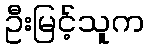
ဦးမြင့်သူက